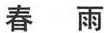
春雨